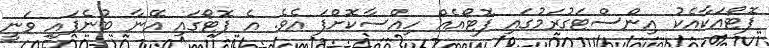
ފޮޓޯއަކާއެކު އިންސްޓަގުރަމުގައި ފޮޓޯއެއް ހިއްސާކޮށްފަ އެވެ. އެ ފޮޓޯގައި އޭނާ ބުނެފައި ވަނީ